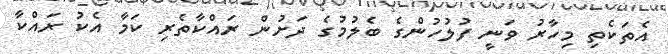
އެތަކެތި މިހާރު ވަނީ ފުލުހުންގެ ބެލުމުގެ ދަށުން ރައްކާތެރި ކަމާ އެކު ރައްކާ